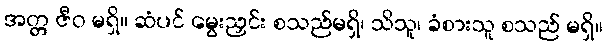
အတ္တ ဇီဝ မရှိ။ ဆံပင် မွေးညှင်း စသည်မရှိ၊ သိသူ၊ ခံစားသူ စသည် မရှိ။